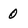
Character: 0